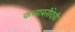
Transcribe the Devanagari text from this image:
कलावतीदेवी